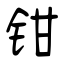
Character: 钳